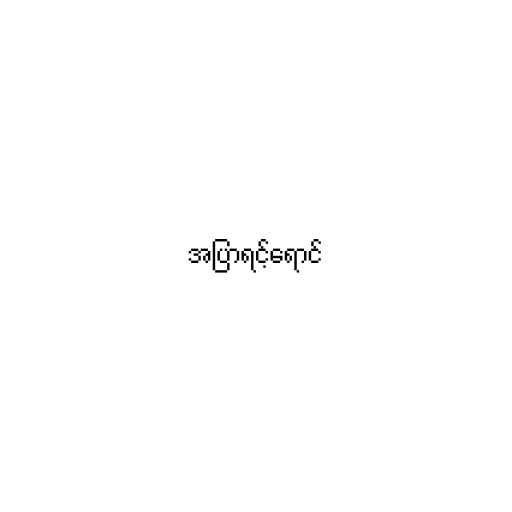
အပြာရင့်ရောင်